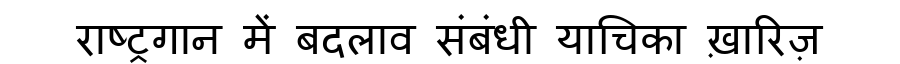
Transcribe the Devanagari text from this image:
राष्ट्रगान में बदलाव संबंधी याचिका ख़ारिज़